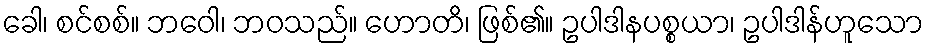
ခေါ၊ စင်စစ်။ ဘဝေါ၊ ဘဝသည်။ ဟောတိ၊ ဖြစ်၏။ ဥပါဒါနပစ္စယာ၊ ဥပါဒါန်ဟူသော